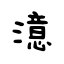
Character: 澺